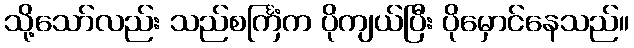
သို့သော်လည်း သည်စင်္ကြံက ပိုကျယ်ပြီး ပိုမှောင်နေသည်။